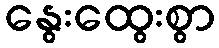
နွေးထွေးစွာ